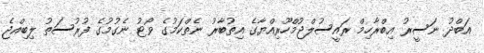
އަބްދު ނަސީރު އިބްރާހިމް ރައީސުލްޖުމްހޫރިއްޔާގެ އިތުބާރު ނެތްކަމުގެ ވޯޓު ނެގުމުގެ ފުރުސަތު ލިބިއްޖެ